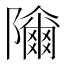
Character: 𱀾